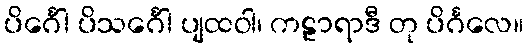
ပိင်္ဂေါ ပိသင်္ဂေါ ပျထဝါ၊ ကဠာရာဒီ တု ပိင်္ဂလေ။